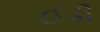
ઈડી